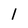
Character: 1